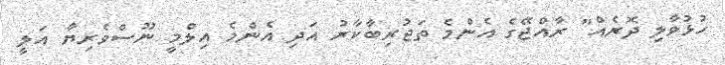
ހުޅުވާލި ދޮރެއް" ރާއްޖޭގެ އެންމެ ތަޖުރިބާކާރު އަދި އެންމެ އިލްމީ ނޫސްވެރިޔާ އަލީ